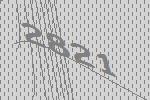
2821